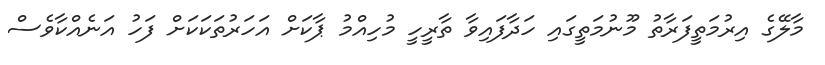
މާލޭގެ އިރުމަތީފަރާތު މޫނުމަތީގައި ހަދާފައިވާ ތާރީހީ މުހިއްމު ޕާކަށް އަހަރުތަކަކަށް ފަހު އަނެއްކާވެސް